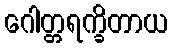
ဂေါတ္တရက္ခိတာယ